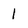
Character: 1